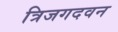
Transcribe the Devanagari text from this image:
त्रिजगदवन